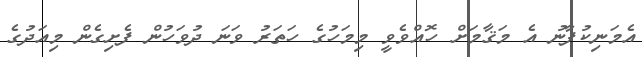
އެމަނިކުފާނު އެ މަޤާމަށް ހޮއްވެވީ މިމަހުގެ ހަތަރު ވަނަ ދުވަހުން ފެށިގެން މިއަދުގެ